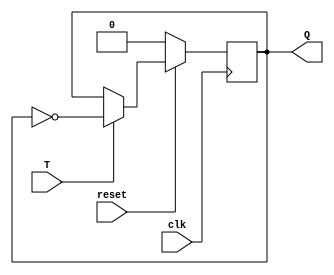
module T_FF (
    input clk,  
    input reset,
    input T, 
    output reg Q  
);        

always @ (posedge clk)    
begin
    if(!reset)                   
        Q <= 1'b0;
    else if (T)                 
        Q <= ~ Q;
 end
endmodule